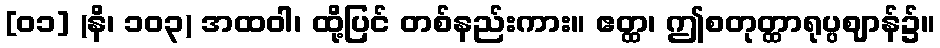
[၀၁] (နိ၊ ၁၀၃) အထဝါ၊ ထို့ပြင် တစ်နည်းကား။ ဧတ္ထ၊ ဤစတုတ္ထာရုပ္ပဈာန်၌။